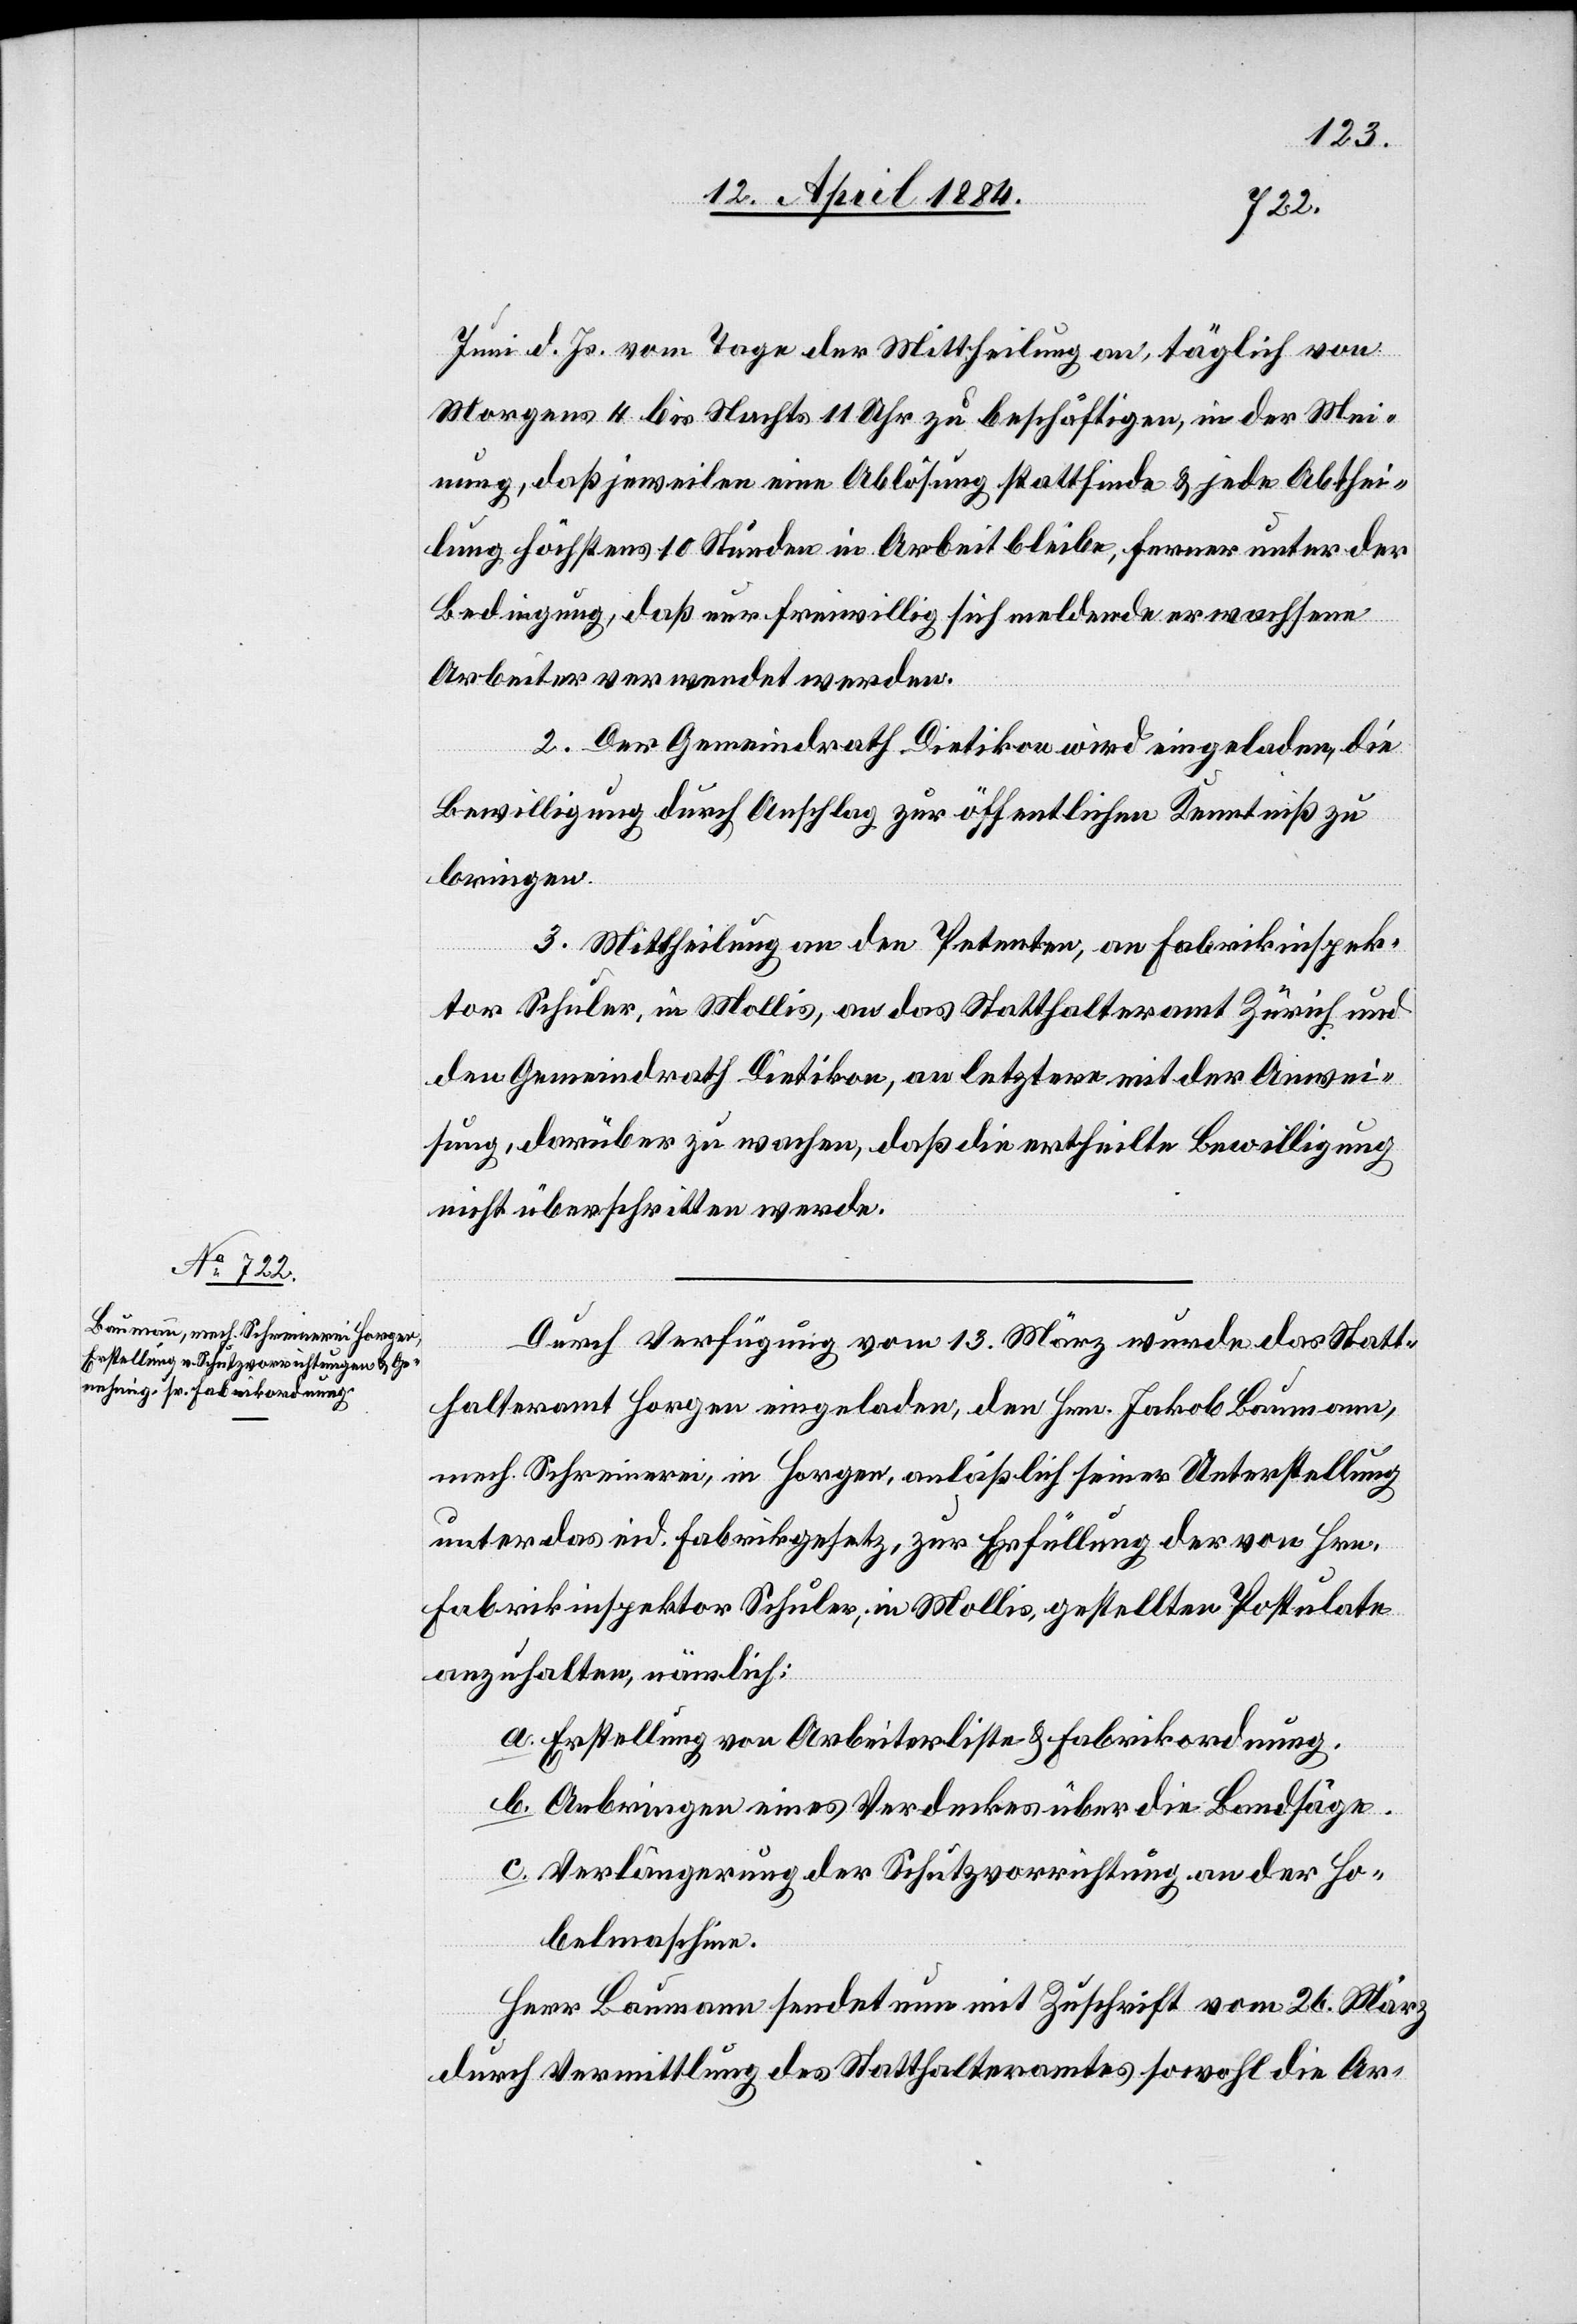
Juni d. Js. vom Tage der Mittheilung an täglich von
Morgens 4 bis Nachts 11 Uhr zu beschäftigen, in der Mei¬
nung, daß jeweilen eine Ablösung stattfinde & jede Abthei¬
lung höchstens 10 Stunden in Arbeit bleibe, ferner unter der
Bedingung, daß nur freiwillig sich meldende erwachsene
Arbeiter verwendet werden.
2. Der Gemeindrath Dietikon wird eingeladen, die
Bewilligung durch Anschlag zur öffentlichen Kenntniß zu
bringen.
3. Mittheilung an den Petenten, an Fabrikinspek¬
tor Schuler, in Mollis, an das Statthalteramt Zürich und
den Gemeindrath Dietikon, an letzteren mit der Anwei¬
sung, darüber zu wachen, daß die ertheilte Bewilligung
nicht überschritten werde.
Durch Verfügung vom 13. März wurde das Statt¬
halteramt Horgen eingeladen, den Hrn. Jakob Baumann
mech. Schreinerei, in Horgen, anläßlich seiner Unterstellung
unter das eid. Fabrikgesetz, zur Erfüllung der von Hrn.
Fabrikinspektor Schuler, in Mollis gestellten Postulate
anzuhalten, nämlich:
a. Erstellung von Arbeiterliste & Fabrikordnung.
b. Anbringen eines Verdeckes über die Bandsäge.
c. Verlängerung der Schutzvorrichtung an der Ho¬
belmaschine.
Herr Baumann sendet nun mit Zuschrift vom 26. März
durch Vermittlung des Statthalteramtes sowohl die Ar-